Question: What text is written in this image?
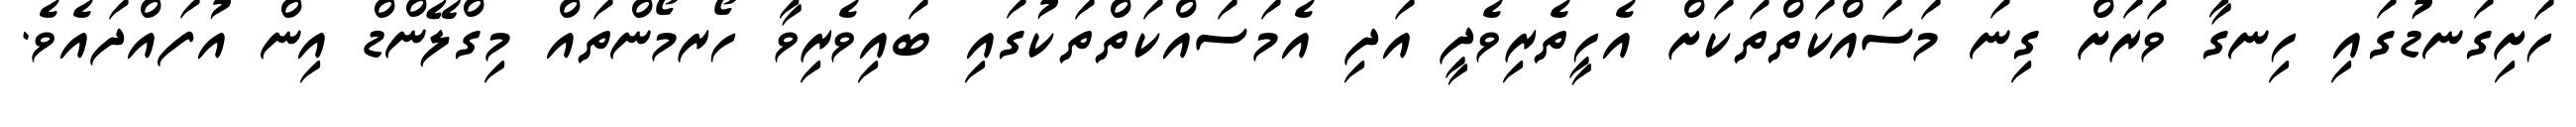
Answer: ހަށިގަނޑުގައި ހިނގާ ވަރަށް ގިނަ މަސައްކަތްތަކަށް އެހީތެރިވެދީ އަދި އެމަސައްކަތްތަކުގައި ބައިވެރިވާ ހޯރމޯންތައް މިގްލޭންޑް އިން އުފައްދައެވެ.